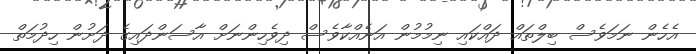
އެހެން ނަމަވެސް ބިލްތައް ދައްކައި ނިމުމުން އަނެއްކާވެސް ދިވެހިންނަށް އާސަންދައިގެ ދަށުން ހިދުމަތް